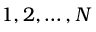
1 , 2 , \ldots , N